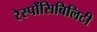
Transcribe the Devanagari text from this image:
रेस्पोंसिबिलिटी